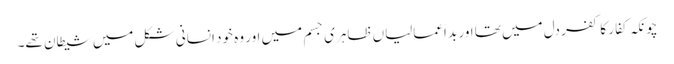
چونکہ کفار کا کفر دل میں تھا اور بد اَعمالیاں ظاہری جسم میں اور وہ خود انسانی شکل میں شیطان تھے۔